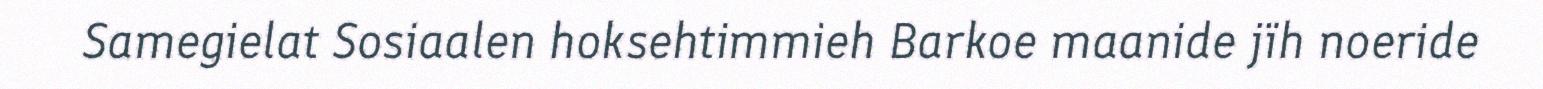
Samegielat Sosiaalen hoksehtimmieh Barkoe maanide jïh noeride